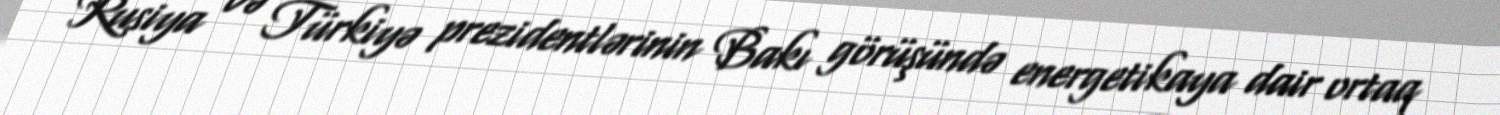
Rusiya və Türkiyə prezidentlərinin Bakı görüşündə energetikaya dair ortaq